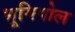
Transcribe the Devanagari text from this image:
भूमिपोल